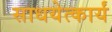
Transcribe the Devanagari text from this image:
साधयेत्कार्यं